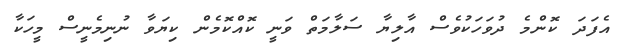
އެފަދަ ކޮންމެ ދުވަހަކުވެސް އާލިޔާ ސަލާމަތް ވަނީ ކޮއްކޮމެން ކިޔަވާ ނުނިމެނީސް މީހަކާ